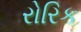
રોરિક